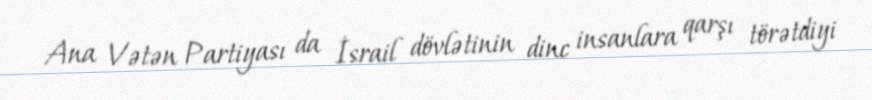
Ana Vətən Partiyası da İsrail dövlətinin dinc insanlara qarşı törətdiyi